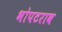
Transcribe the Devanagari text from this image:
भोपटराव